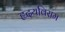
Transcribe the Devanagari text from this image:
हृदयविराम